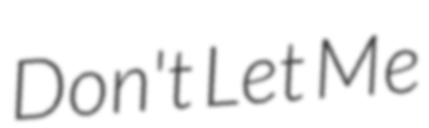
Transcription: Don't Let Me